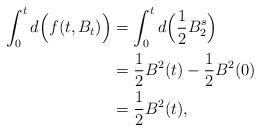
LaTeX: \begin{align*}\int^t_0 d\Big(f(t,B_t) \Big)& = \int^t_0 d \Big( \frac{1}{2} B^s_2 \Big)\\& = \frac{1}{2} B^2(t) - \frac{1}{2} B^2(0)\\&= \frac{1}{2} B^2(t),\end{align*}